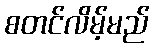
စတင်လိမ့်မည်